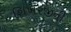
શિખરજીની